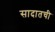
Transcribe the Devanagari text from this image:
सादातची